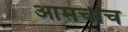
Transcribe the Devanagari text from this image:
आमचीच